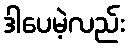
ဒါပေမဲ့လည်း